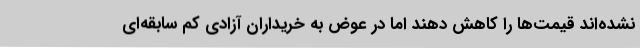
نشده‌اند قیمت‌ها را کاهش دهند اما در عوض به خریداران آزادی کم سابقه‌ای